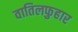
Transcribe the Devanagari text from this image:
वातिलफुहार